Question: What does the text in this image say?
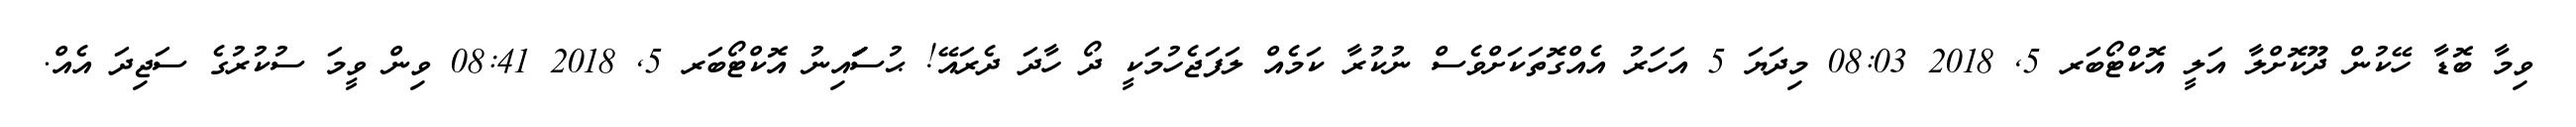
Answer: ވިމާ ބޮޑާ ހޭކުން ދޫކޮށްލާ އަލީ އޮކްޓޯބަރ 5, 2018 08:03 މިދަޔަ 5 އަހަރު އެއްގޮތަކަށްވެސް ނުކުރާ ކަމެއް ލަފަޖެހުމަކީ ދޯ ހާދަ ދެރައޭ! ޙުސަަަަަަަައިނު އޮކްޓޯބަރ 5, 2018 08:41 ވިން ވީމަ ސުކުރުގެ ސަޖިދަ އެއް.